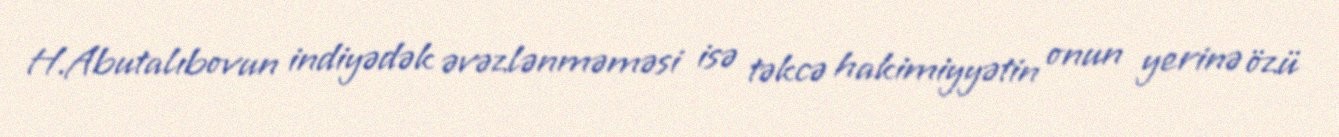
H.Abutalıbovun indiyədək əvəzlənməməsi isə təkcə hakimiyyətin onun yerinə özü